Punjab Mental Hospital Lahore 1922-31 - 1922-1931
Year: 1922
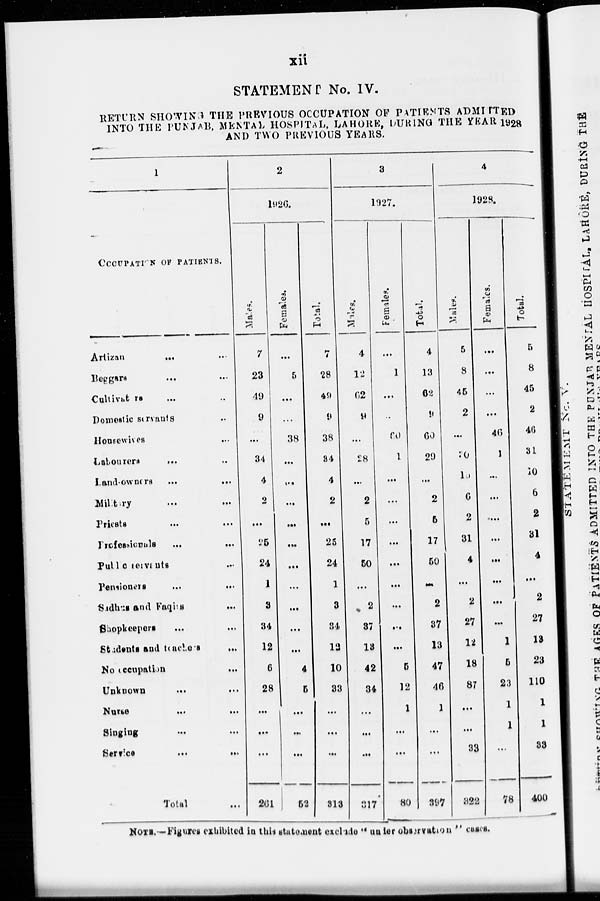
xii
STATEMENT No. IV.
RETURN SHOWING THE PREVIOUS OCCUPATION OF PATIENTS ADMITTED
INTO THE PUNJAB, MENTAL HOSPITAL, LAHORE, DURING THE YEAR 1928
AND TWO PREVIOUS YEARS.
1
OCCUPATION OF PATIENTS.
Artizan ... ...
Beggars ... ...
Cultivaturs ... ...
Domestic servants ...
Housewives ... ...
Labourers ... ...
Land-owners ...
...
Military ... ...
Priests ... ...
Prefessionals ... ...
Public servants ... ...
Pensioners
...
...
Sadhus and Faqirs
...
Shopkeepers
...
...
Students and teachers ...
No
occupation
...
Unknown ... ...
Nurse
...
...
Singing ... ...
Service
... ...
Total ...
2
1926.
Males.
7
23
49
9
...
34
4
2
...
25
24
1
3
34
12
6
28
...
...
...
261
Females.
...
5
...
...
38
...
...
...
...
...
...
...
...
...
...
4
5
...
...
...
52
Total.
7
28
49
9
38
34
4
2
...
25
24
1
3
34
12
10
33
...
...
...
313
3
1927.
Males.
4
12
62
9
...
28
...
2
5
17
50
...
2
37
13
42
34
...
...
...
317
Females.
...
1
...
...
60
1
...
...
...
...
...
...
...
...
...
5
12
1
...
...
80
Total.
4
13
62
9
60
29
...
2
5
17
50
...
2
37
13
47
46
1
...
...
397
4
1928.
Males.
5
8
45
2
...
30
10
6
2
31
4
...
2
27
12
18
87
...
...
33
322
Females.
...
...
...
...
46
1
...
...
...
...
...
...
...
...
1
5
23
1
1
...
78
Total.
5
8
45
2
46
31
10
6
2
31
4
...
2
27
13
23
110
1
1
33
400
NOTE.-Figures exhibited in this statement exclude " under observation " cases.